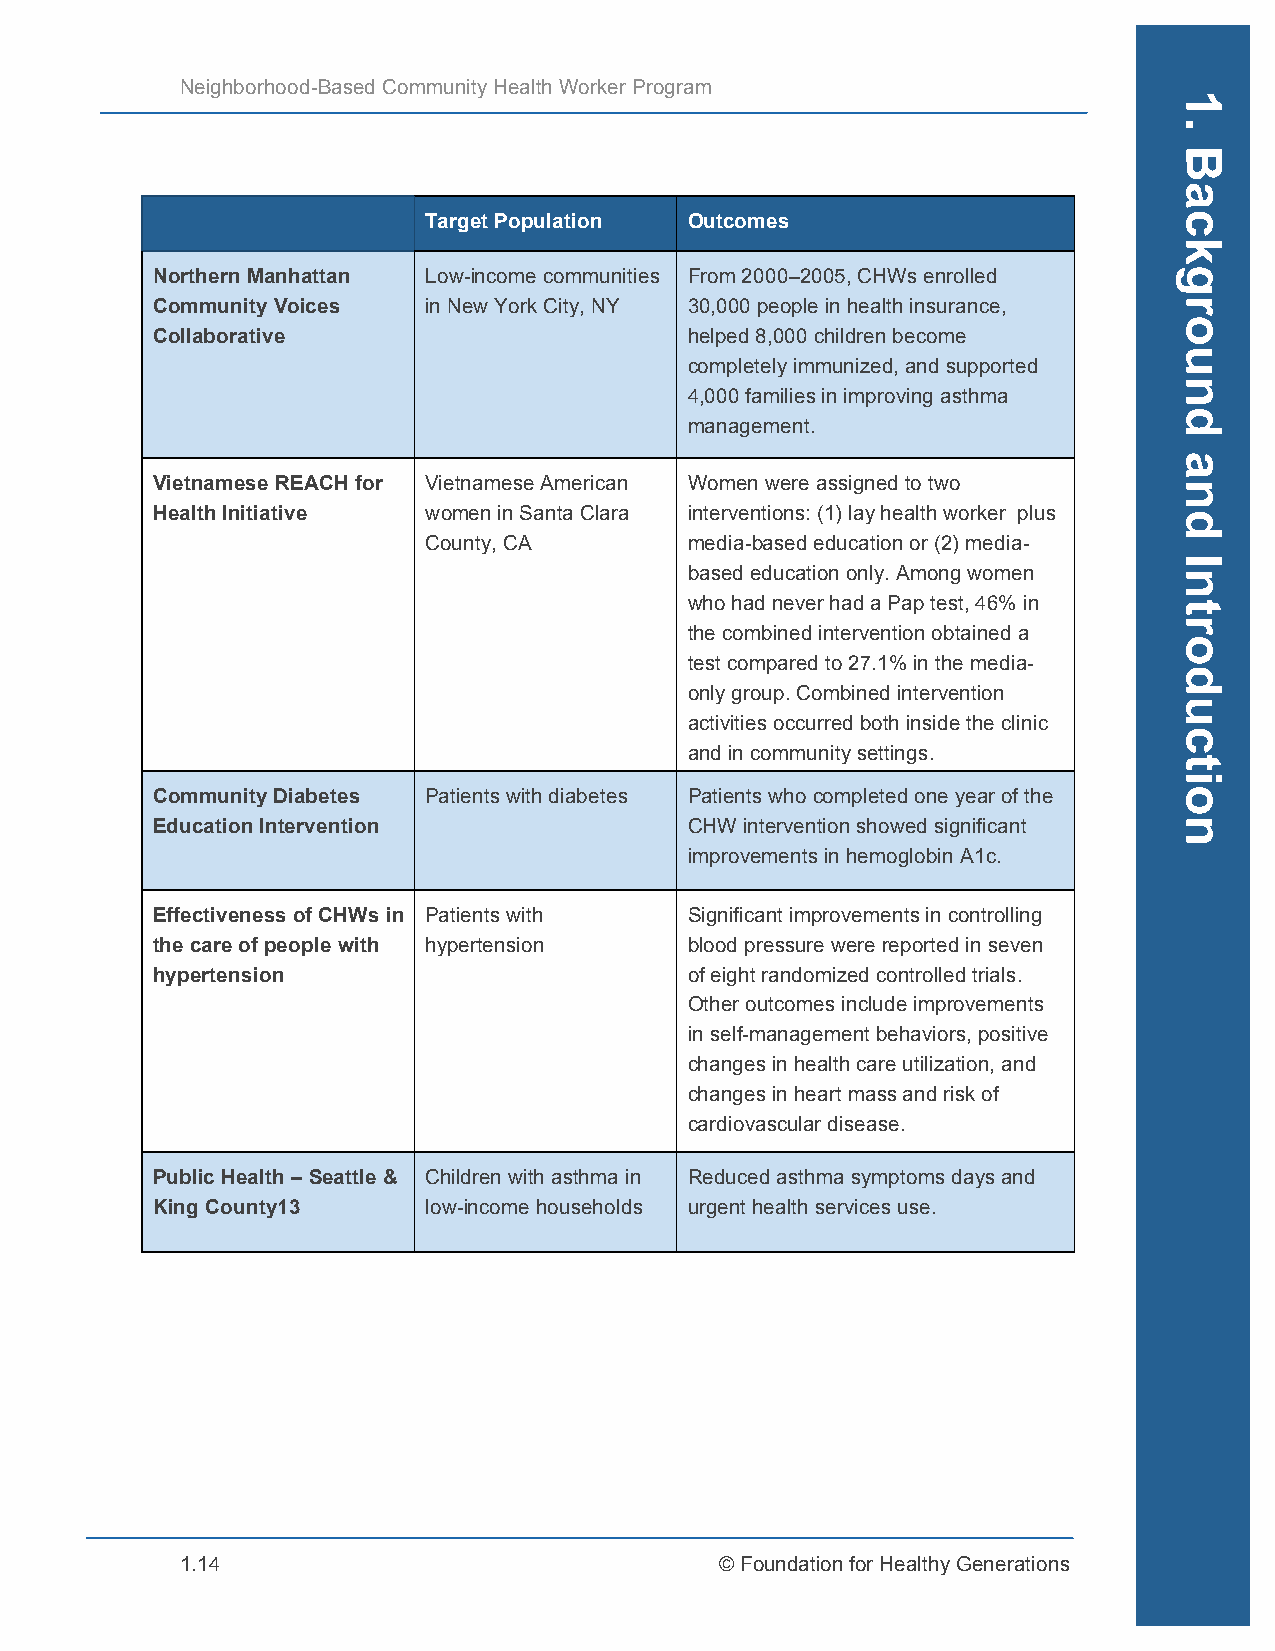
Neighborhood-Based Community Health Worker Program
 Target Population Outcomes
 Northern Manhattan Low-income communities From 2000–2005, CHWs enrolled
 Community Voices  in New York City, NY 30,000 people in health insurance,
 Collaborative                       helped 8,000 children become
 completely immunized, and supported
 4,000 families in improving asthma
 management.
 Vietnamese REACH for Vietnamese American Women were assigned to two
 Health Initiative women in Santa Clara interventions: (1) lay health worker plus
 County, CA        media-based education or (2) media-
 based education only. Among women
 who had never had a Pap test, 46% in
 the combined intervention obtained a
 test compared to 27.1% in the media-
 only group. Combined intervention
 activities occurred both inside the clinic
 and in community settings.
 Community Diabetes Patients with diabetes Patients who completed one year of the
 Education Intervention              CHW intervention showed significant
 improvements in hemoglobin A1c.
 Effectiveness of CHWs in Patients with Significant improvements in controlling
 the care of people with hypertension blood pressure were reported in seven
 hypertension                        of eight randomized controlled trials.
 Other outcomes include improvements
 in self-management behaviors, positive
 changes in health care utilization, and
 changes in heart mass and risk of
 cardiovascular disease.
 Public Health – Seattle & Children with asthma in Reduced asthma symptoms days and
 King County13     low-income households urgent health services use.
 1.14                                © Foundation for Healthy Generations
 1.
 Background
 and
 Introduction